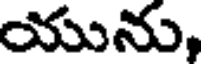
యును,